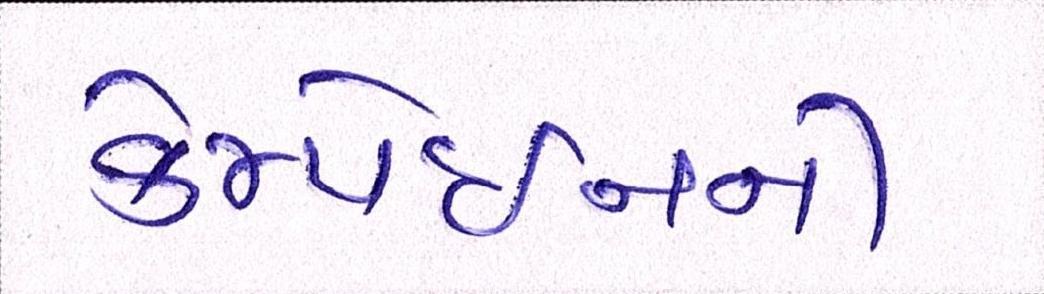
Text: કેમ્પેઇનની